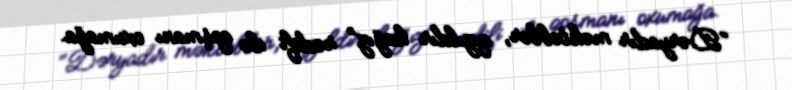
“Dəryadır məktəblər, qızıldır kağız” rədifi ilə qoşmanı oxumağa.